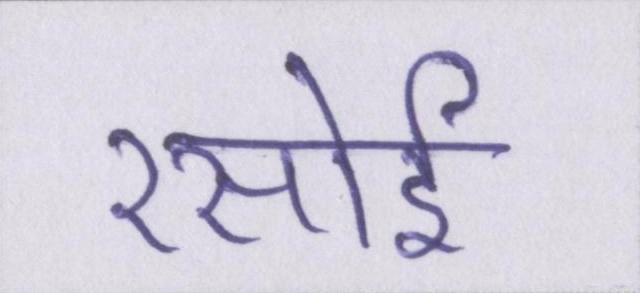
रसोई